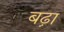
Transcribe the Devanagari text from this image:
बढ़़ा